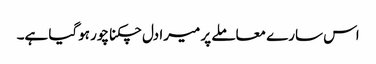
اس سارے معاملے پر میرا دل چکنا چور ہوگیا ہے۔